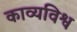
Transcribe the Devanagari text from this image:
काव्यविश्व